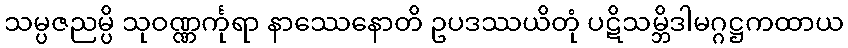
သမ္ပဇညမ္ပိ သုဝဏ္ဏင်္ကုရာ နာဿေနောတိ ဥပဒဿယိတုံ ပဋိသမ္ဘိဒါမဂ္ဂဋ္ဌကထာယ